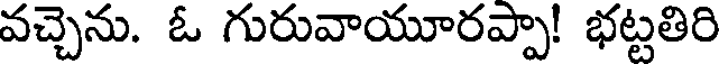
వచ్చెను. ఓ గురువాయూరప్పా! భట్టతిరి